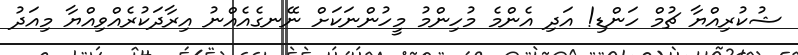
ޝުކުރިއްޔާ ޗުމް ހަންޑި! އަދި އެންމެ މުހިންމު މީހުންނަކަށް ނޭނގެއެއްނު އިރާދަކުރެއްވިއްޔާ މިއަދު